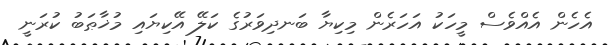
އެހެން އެއްވެސް މީހަކު އަހަރެން މިކިޔާ ބަނދިވަރުގެ ކަލޭ އޭކިޔައި މުޚާޠަބު ކުރަނީ